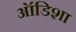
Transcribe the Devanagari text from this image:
ऑडिशा